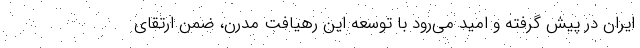
ایران در پیش گرفته و امید می‌رود با توسعه این رهیافت مدرن، ضمن ارتقای